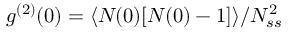
g ^ { ( 2 ) } ( 0 ) = \langle N _ { } ( 0 ) [ N _ { } ( 0 ) - 1 ] \rangle / N _ { s s } ^ { 2 }